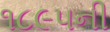
૧૮૯૫ની